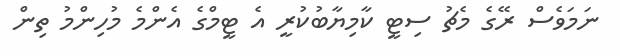
ނަމަވެސް ރޭގެ މެޗު ސިޓީ ކާމިޔާބުކުރީ އެ ޓީމްގެ އެންމެ މުހިންމު ތިން